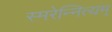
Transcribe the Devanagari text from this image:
स्मरेन्‍नित्यम्‌